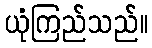
ယုံကြည်သည်။